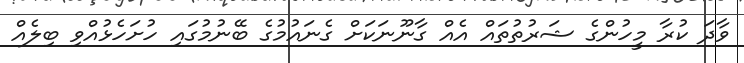
ވާދަ ކުރާ މީހުންގެ ޝަރުތުތައް އެއް ގާނޫނަކަށް ގެނައުމުގެ ބޭނުމުގައި ހުށަހެޅުއްވި ބިލެއް